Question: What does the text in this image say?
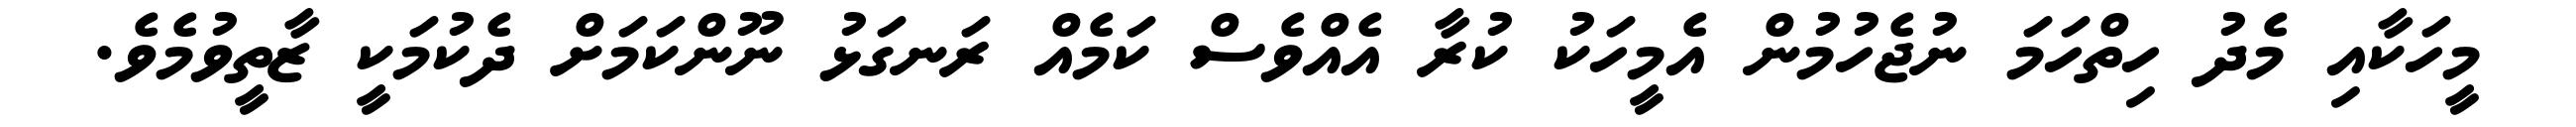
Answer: މީހަކާއި މެދު ހިތްހަމަ ނުޖެހުމުން އެމީހަކު ކުރާ އެއްވެސް ކަމެއް ރަނގަޅު ނޫންކަމަށް ދެކުމަކީ ޒާތީވުމެވެ.